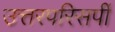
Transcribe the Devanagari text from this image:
उत्तरपरिसर्पी